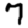
Digit: 7